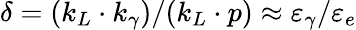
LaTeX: \delta=(k_{L}\cdot k_{\gamma})/(k_{L}\cdot p)\approx\varepsilon_{\gamma}/\varepsilon_{e}